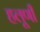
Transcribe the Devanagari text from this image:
हलूणी